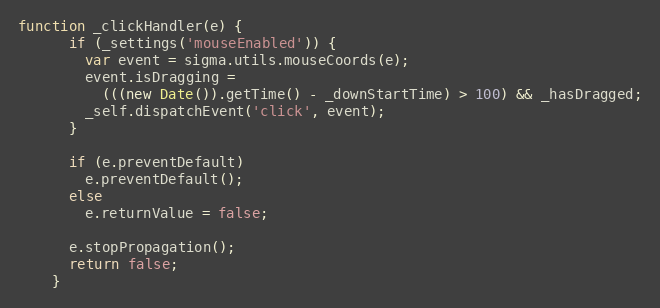
Language: JavaScript
function _clickHandler(e) {
      if (_settings('mouseEnabled')) {
        var event = sigma.utils.mouseCoords(e);
        event.isDragging =
          (((new Date()).getTime() - _downStartTime) > 100) && _hasDragged;
        _self.dispatchEvent('click', event);
      }

      if (e.preventDefault)
        e.preventDefault();
      else
        e.returnValue = false;

      e.stopPropagation();
      return false;
    }